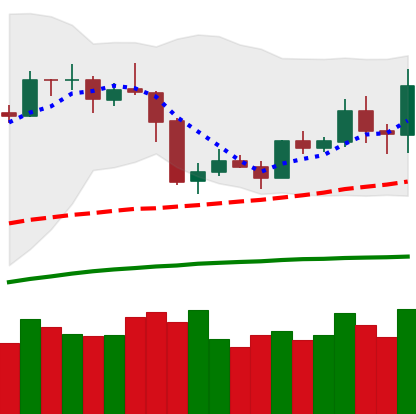
Ticker: ETH-USD
Chart end date: 2019-05-06
Forward return: 12.54%
Label: up_7plus